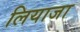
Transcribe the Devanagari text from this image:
लियाजा